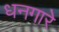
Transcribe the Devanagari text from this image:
धनगारे